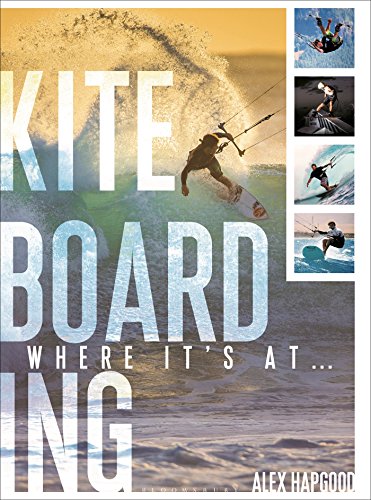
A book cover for Kiteboarding: Where it's at...; Alex Hapgood; Arts & Photography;